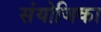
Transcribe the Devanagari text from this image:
संयोजिका